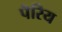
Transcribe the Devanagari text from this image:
पॆरिय